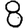
Digit: 8